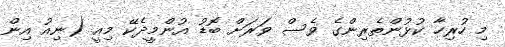
މި ހުރިހާ ކުޅުންތެރިންގެ ވެސް ވަރަށް ބޮޑު އުންމީދެކޭ މިއީ (ނިއު އިން